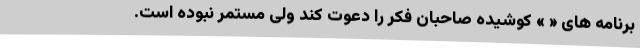
برنامه های « » کوشیده صاحبان فکر را دعوت کند ولی مستمر نبوده است.